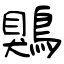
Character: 鶪